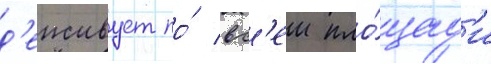
д'еиствует по́ вс'еи пло́щад'и